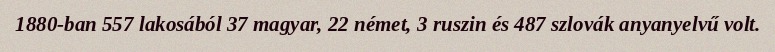
1880-ban 557 lakosából 37 magyar, 22 német, 3 ruszin és 487 szlovák anyanyelvű volt.